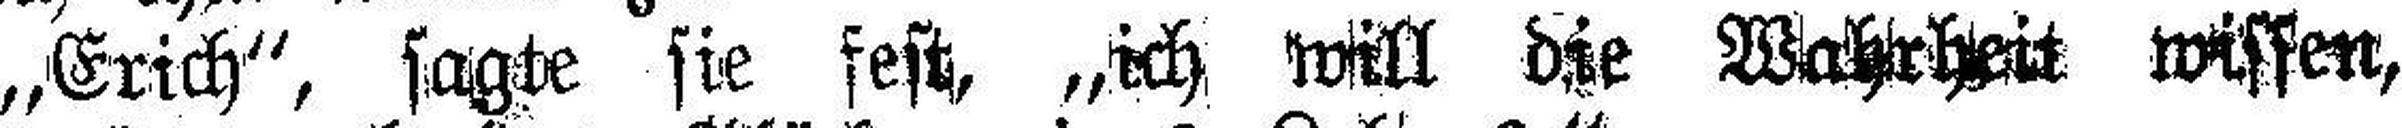
„Erich“, sagte sie fest, „ich will die Wahrheit wissen,